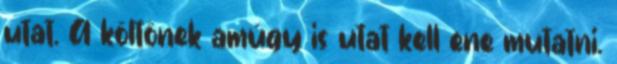
utat. A költőnek amúgy is utat kell ene mutatni.